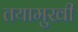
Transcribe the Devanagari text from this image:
तयामुखी